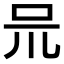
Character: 𠯚